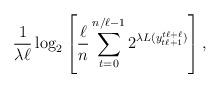
LaTeX: \begin{align*}\frac{1}{\lambda\ell}\log_2\left[\frac{\ell}{n}\sum_{t=0}^{n/\ell-1}2^{\lambda L(y_{t\ell+1}^{t\ell+\ell})}\right],\end{align*}